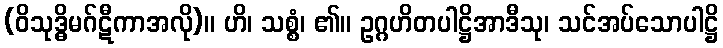
(ဝိသုဒ္ဓိမဂ်ဋီကာအလို)။ ဟိ၊ သစ္စံ၊ ၏။ ဥဂ္ဂဟိတပါဋ္ဌိအာဒီသု၊ သင်အပ်သောပါဋ္ဌိ